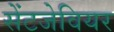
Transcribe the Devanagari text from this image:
सेंटजेवियर